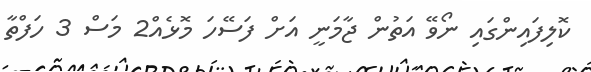
ކޮލިފައިންގައި ނޯވޭ އަތުން ޖާމަނީ އަށް ފަސޭހަ މޮޅެއް2 މަސް 3 ހަފްތާ